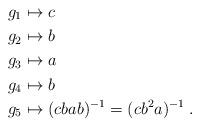
LaTeX: \begin{align*}g_1 & \mapsto c \\g_2 & \mapsto b\\g_3 & \mapsto a\\g_4 & \mapsto b\\g_5 & \mapsto (cbab)^{-1} = (cb^2 a)^{-1} \; .\end{align*}